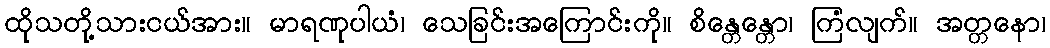
ထိုသတို့သားငယ်အား။ မာရဏုပါယံ၊ သေခြင်းအကြောင်းကို။ စိန္တေန္တော၊ ကြံလျက်။ အတ္တနော၊